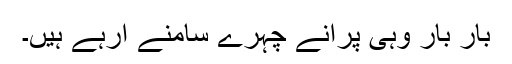
بار بار وہی پرانے چہرے سامنے آرہے ہیں۔